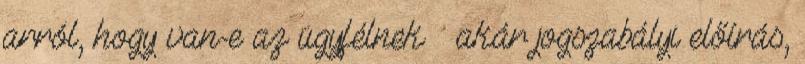
arról, hogy van-e az ügyfélnek – akár jogszabályi előírás,